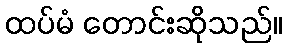
ထပ်မံ တောင်းဆိုသည်။